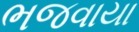
ભજવાયા